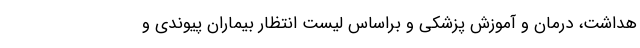
هداشت، درمان و آموزش پزشکی و براساس لیست انتظار بیماران پیوندی و